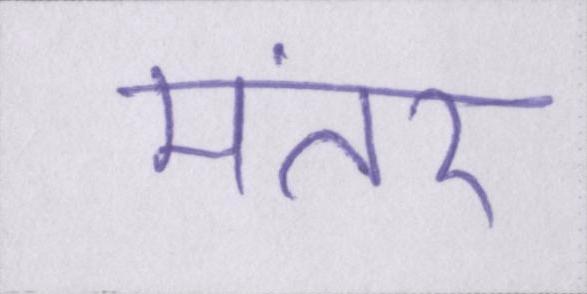
मंतर